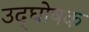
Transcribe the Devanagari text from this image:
उद्‍घोषक